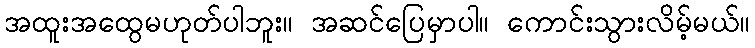
အထူးအထွေမဟုတ်ပါဘူး။ အဆင်ပြေမှာပါ။ ကောင်းသွားလိမ့်မယ်။